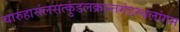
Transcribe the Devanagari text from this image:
चारुहासंलसत्कुंडलक्रान्तगंडस्थलांगम्‌